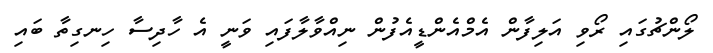
ލޯންޗުގައި ރޯވި އަލިފާން އެމްއެންޑީއެފުން ނިއްވާލާފައި ވަނީ އެ ހާދިސާ ހިނގިތާ ބައި